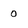
Character: 0